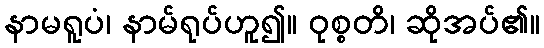
နာမရူပံ၊ နာမ်ရုပ်ဟူ၍။ ဝုစ္စတိ၊ ဆိုအပ်၏။